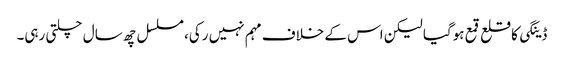
ڈینگی کا قلع قمع ہوگیا لیکن اس کے خلاف مہم نہیں رکی، مسلسل چھ سال چلتی رہی۔